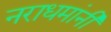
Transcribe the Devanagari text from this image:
नराधमांनी